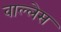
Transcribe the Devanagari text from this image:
वाल्लेस